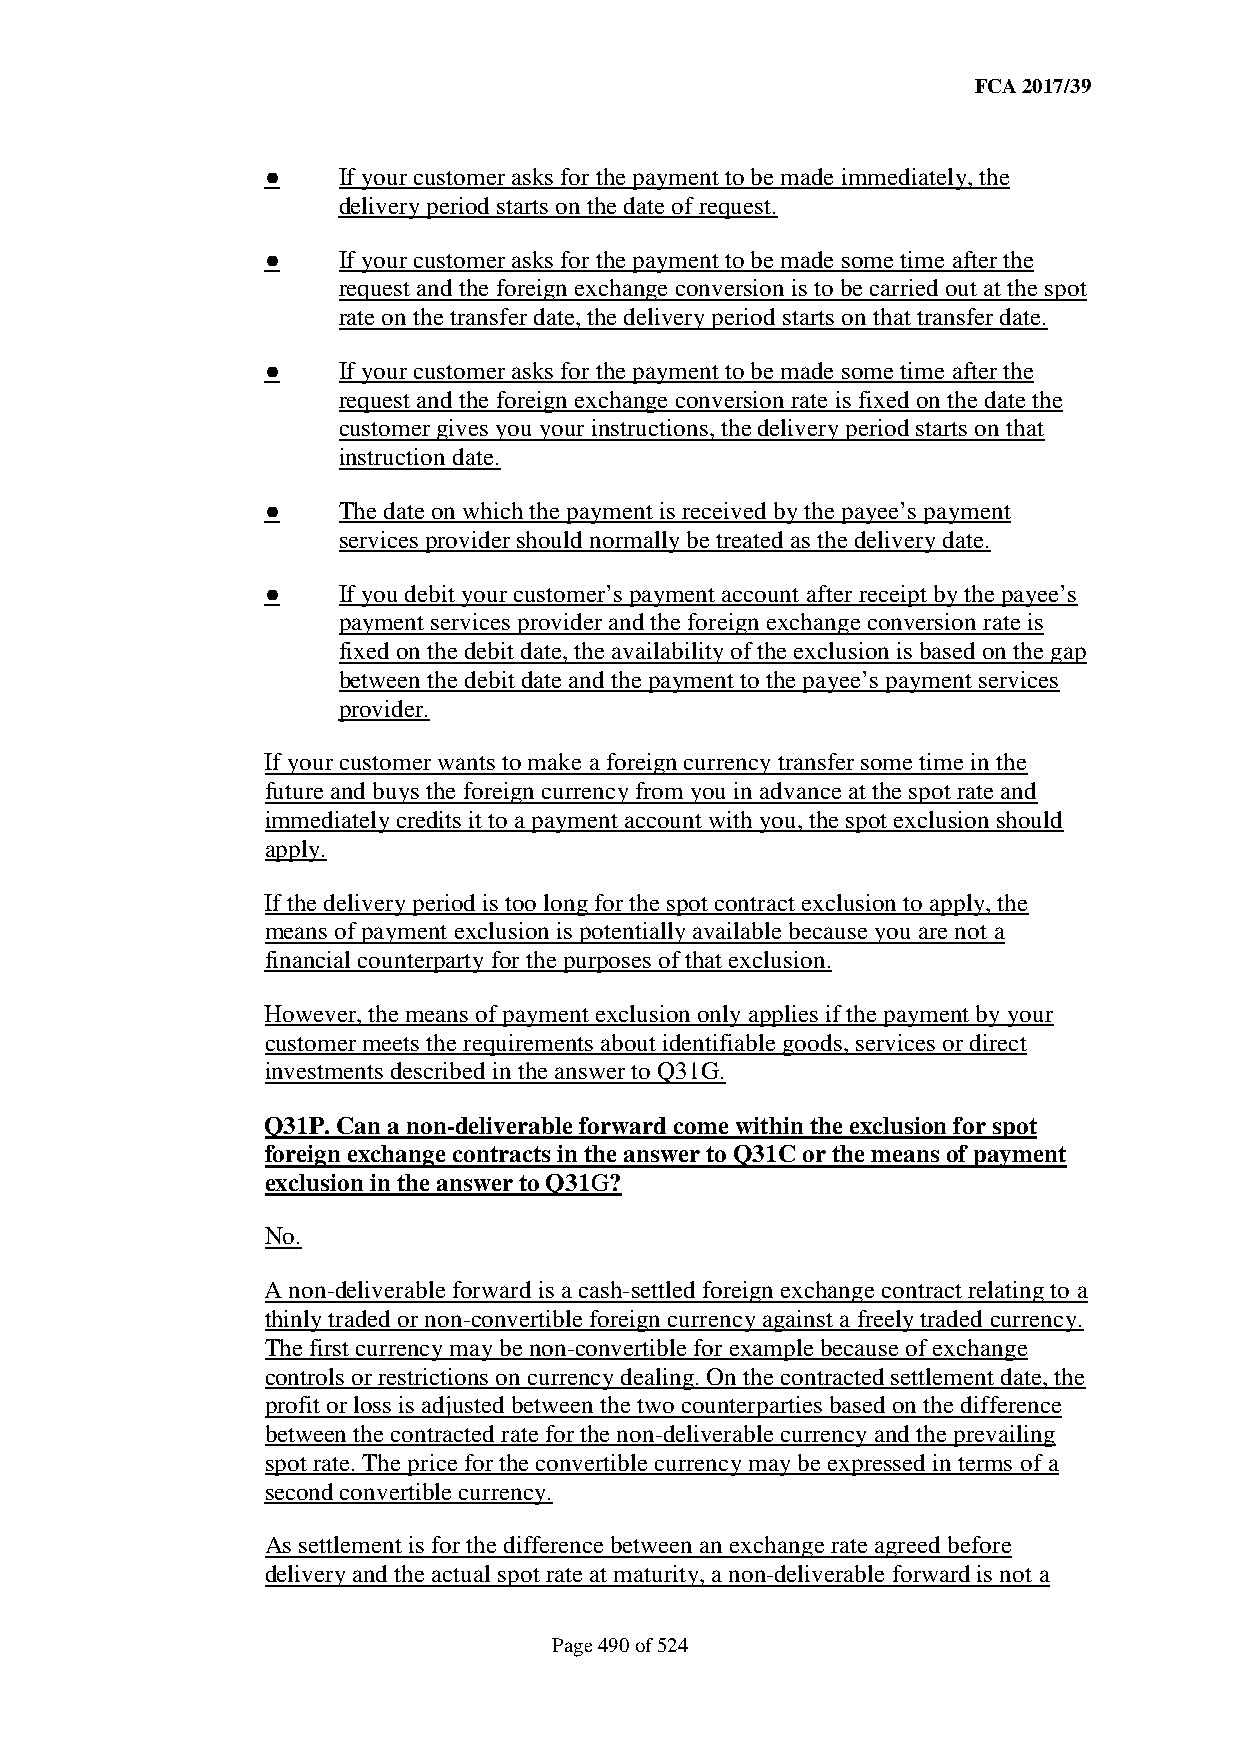
FCA 2017/39
 ●   If your customer asks for the payment to be made immediately, the
 delivery period starts on the date of request.
 ●   If your customer asks for the payment to be made some time after the
 request and the foreign exchange conversion is to be carried out at the spot
 rate on the transfer date, the delivery period starts on that transfer date.
 ●   If your customer asks for the payment to be made some time after the
 request and the foreign exchange conversion rate is fixed on the date the
 customer gives you your instructions, the delivery period starts on that
 instruction date.
 ●   The date on which the payment is received by the payee’s payment
 services provider should normally be treated as the delivery date.
 ●   If you debit your customer’s payment account after receipt by the payee’s
 payment services provider and the foreign exchange conversion rate is
 fixed on the debit date, the availability of the exclusion is based on the gap
 between the debit date and the payment to the payee’s payment services
 provider.
 If your customer wants to make a foreign currency transfer some time in the
 future and buys the foreign currency from you in advance at the spot rate and
 immediately credits it to a payment account with you, the spot exclusion should
 apply.
 If the delivery period is too long for the spot contract exclusion to apply, the
 means of payment exclusion is potentially available because you are not a
 financial counterparty for the purposes of that exclusion.
 However, the means of payment exclusion only applies if the payment by your
 customer meets the requirements about identifiable goods, services or direct
 investments described in the answer to Q31G.
 Q31P. Can a non-deliverable forward come within the exclusion for spot
 foreign exchange contracts in the answer to Q31C or the means of payment
 exclusion in the answer to Q31G?
 No.
 A non-deliverable forward is a cash-settled foreign exchange contract relating to a
 thinly traded or non-convertible foreign currency against a freely traded currency.
 The first currency may be non-convertible for example because of exchange
 controls or restrictions on currency dealing. On the contracted settlement date, the
 profit or loss is adjusted between the two counterparties based on the difference
 between the contracted rate for the non-deliverable currency and the prevailing
 spot rate. The price for the convertible currency may be expressed in terms of a
 second convertible currency.
 As settlement is for the difference between an exchange rate agreed before
 delivery and the actual spot rate at maturity, a non-deliverable forward is not a
 Page 490 of 524